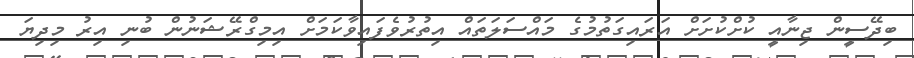
ބިދޭސީން ޖިނާއީ ކުށްކުށަށް އަރައިގަތުމުގެ މައްސަލަތައް އިތުރުވެފައިވާކަމަށް އިމިގްރޭޝަނުން ބުނި އިރު މިދިޔަ